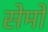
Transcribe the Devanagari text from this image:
सेमों